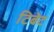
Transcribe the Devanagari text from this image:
टिबेट